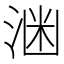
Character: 𪶕